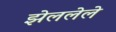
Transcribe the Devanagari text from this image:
झेललेले